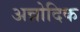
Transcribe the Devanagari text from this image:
अन्नोदिक